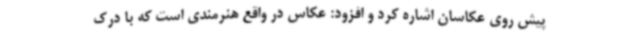
پیش روی عکاسان اشاره کرد و افزود: عکاس در واقع هنرمندی است که با درک